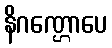
နိဂဏ္ဌောပေ